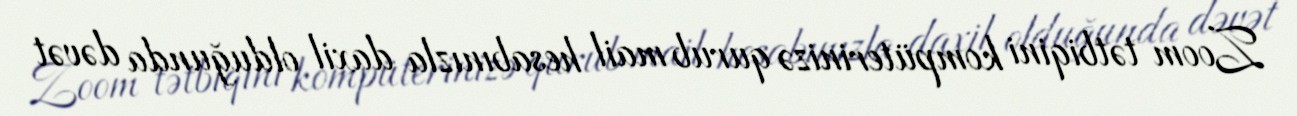
Zoom tətbiqini kompüterinizə qurub mail hesabınızla daxil olduğunda dəvət